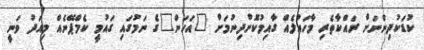
ކުޑަކުދިންނަށް ރައްކާތެރި މާހައުލެއް ގާއިމުކޮށްދިނުމަށް "އަހަން"ގެ ނަމުގައި ގައުމީ ކެމްޕޭނެއް މިއަދު ވަނީ